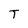
Character: T